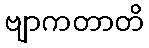
ဗျာကတာတိ